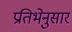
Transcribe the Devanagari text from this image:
प्रतिभेनुसार